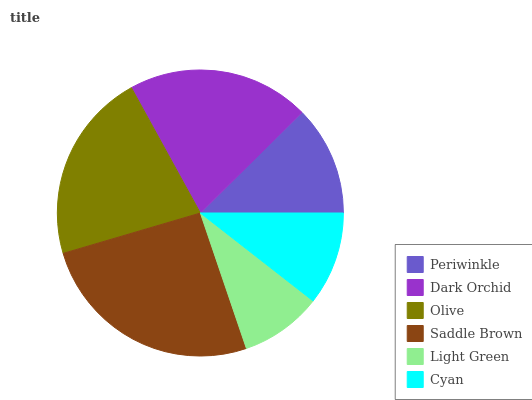
| Periwinkle | Dark Orchid | Olive | Saddle Brown | Light Green | Cyan |
 | --- | --- | --- | --- | --- | --- |
 | 12.4% | 20.6% | 21.5% | 25.7% | 9.26% | 10.6% |